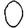
Digit: 0